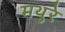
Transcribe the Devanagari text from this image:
मथुरे